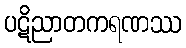
ပဋိညာတကရဏဿ